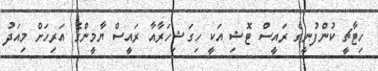
ހިޓާޗީ ކުންފުނީގެ ރައީސް ޓޮޝި އަކީ ހިގަޝިހަރާއާ ރައީސް ޔާމީންގެ އަރިހަށް މިއަދު